Report on lock hospitals in British Burma
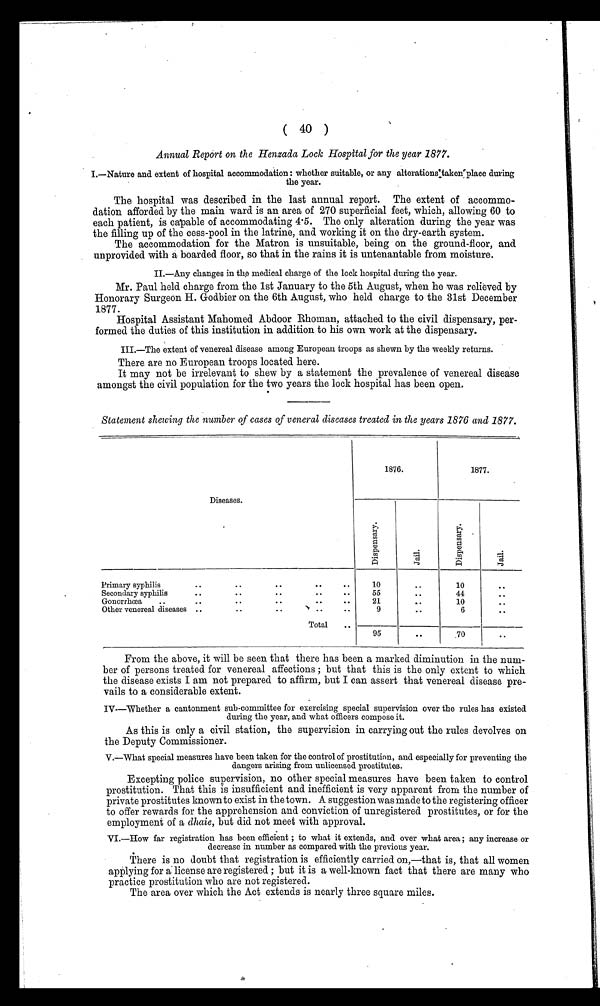
(40)
Annual Report on the Henzada Lock Hospital for the year 1877.
1.—Nature and extent of hospital accommodation: whether suitable, or any alterations taken place during
the year.
The hospital was described in the last annual report. The extent of accommo-
dation afforded by the main ward is an area of 270 superficial feet, which, allowing 60 to
each patient, is capable of accommodating 4 .5. The only alteration during the year was
the filling up of the cess-pool in the latrine, and working it on the dry-earth system.
The accommodation for the Matron is unsuitable, being on the ground-floor, and
unprovided with a boarded floor, so that in the rains it is untenantable from moisture.
II.—Any changes in the medical charge of the lock hospital during the year.
Mr. Paul held charge from the 1st January to the 5th August, when he was relieved by
Honorary Surgeon H. Godbier on the 6th August, who held charge to the 31st December
1877.
Hospital Assistant Mahomed Abdoor Rhoman, attached to the civil dispensary, per-
formed the duties of this institution in addition to his own work at the dispensary.
III.—The extent of venereal disease among European troops as shewn by the weekly returns.
There are no European troops located here.
It may not be irrelevant to shew by a statement the prevalence of venereal disease
amongst the civil population for the two years the lock hospital has been open.
Statement skewing the number of cases of veneral diseases treated in the years 1876 and 1877.
Diseases.
1876.
1877.
D i s p e n s a r y .
J a i l .
D i s p e n s a r y .
J a i l .
Primary syphilis
. .
..
. .
..
..
10
. .
10
. .
Secondary syphilis
. .
..
..
..
..
55
..
44
. .
Gonorrhœa
..
..
..
. .
. .
..
21
. .
10
. .
Other venereal diseases ..
..
..
. .
..
9
. .
6
..
Total
..
95
. .
.70
. .
From the above, it will be seen that there has been a marked diminution in the num-
ber of persons treated for venereal affections ; but that this is the only extent to which
the disease exists I am not prepared to affirm, but I can assert that venereal disease pre-
vails to a considerable extent.
IV—Whether a cantonment sub-committee for exercising special supervision over the rules has existed
during the year, and what officers compose it.
As this is only a civil station, the supervision in carrying out the rules devolves on
the Deputy Commissioner.
V.—What special measures have been taken for the control of prostitution, and especially for preventing the
dangers arising from unlicensed prostitutes.
Excepting police supervision, no other special measures have been taken to control
prostitution. That this is insufficient and inefficient is very apparent from the number of
private prostitutes known to exist in the town. A suggestion was made to the registering officer
to offer rewards for the apprehension and conviction of unregistered prostitutes, or for the
employment of a dhaie, but did not meet with approval.
VI.—How far registration has been efficient ; to what it extends, and over what area ; any increase or
decrease in number as compared with the previous year.
There is no doubt that registration is efficiently carried on,—that is, that all women
applying for a license are registered ; but it is a well-known fact that there are many who
practice prostitution who are not registered.
The area over which the Act extends is nearly three square miles.